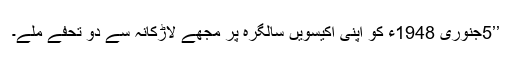
’’5جنوری 1948ء کو اپنی اکیسویں سالگرہ پر مجھے لاڑکانہ سے دو تحفے ملے۔